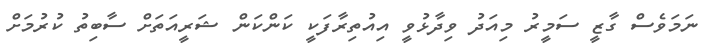
ނަމަވެސް ގާޒީ ސަމީރު މިއަދު ވިދާޅުވީ އިއުތިރާފަކީ ކަންކަން ޝަރީއަތަށް ސާބިތު ކުރުމަށް